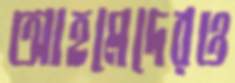
আহমেদেরও